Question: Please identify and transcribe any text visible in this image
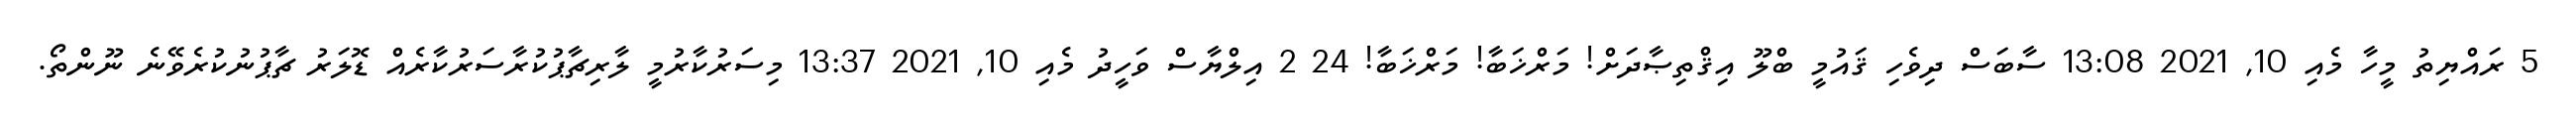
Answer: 5 ރައްޔިތު މީހާ މެއި 10, 2021 13:08 ސާބަސް ދިވެހި ޤައުމީ ބްލޫ އިޤްތިޞާދަށް! މަރްޚަބާ! މަރްޚަބާ! 24 2 އިލްޔާސް ވަހީދު މެއި 10, 2021 13:37 މިސަރުކާރުމީ ލާރިޗާޕުކުރާސަރުކާރެއް ޑޮލަރު ޗާޕުނުކުރެވޭނެ ނޫންތޯ.